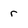
Character: r